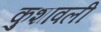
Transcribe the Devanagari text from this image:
कुशावली